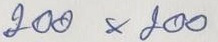
200 x 200